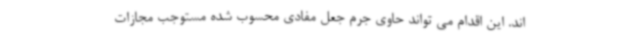
اند. این اقدام می تواند حاوی جرم جعل مفادی محسوب شده مستوجب مجازات